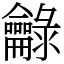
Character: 龣